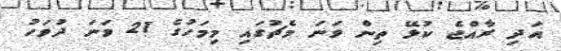
އަދި ރާއްޖެ ކުޅޭ ތިން ވަނަ މެޗުގައި މިމަހުގެ 21 ވަނަ ދުވަހު